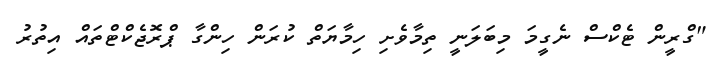
"ގްރީން ޓެކްސް ނެގީމަ މިބަލަނީ ތިމާވެށި ހިމާޔަތް ކުރަން ހިންގާ ޕްރޮޖެކްޓްތައް އިތުރު